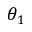
\theta _ { 1 }